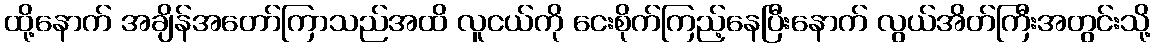
ထို့နောက် အချိန်အတော်ကြာသည်အထိ လူငယ်ကို ငေးစိုက်ကြည့်နေပြီးနောက် လွယ်အိတ်ကြီးအတွင်းသို့